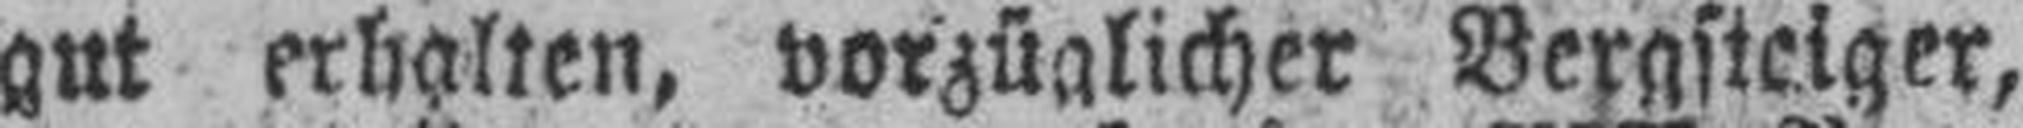
gut erhalten, vorzüglicher Bergsteiger,